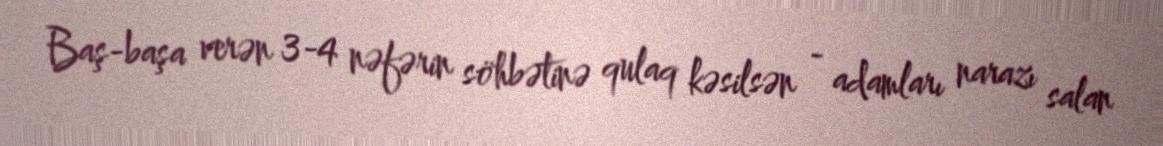
Baş-başa verən 3-4 nəfərin söhbətinə qulaq kəsilsən - adamları narazı salan